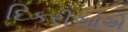
દિકરીઓએ